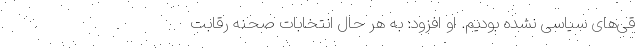
قی‌های سیاسی نشده بودیم. او افزود: به هر حال انتخابات صحنه رقابت